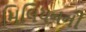
મિલિયનની